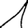
Digit: 1